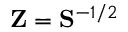
{ \bf Z } = { \bf S } ^ { - 1 / 2 }